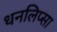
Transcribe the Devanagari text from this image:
धनलिप्सा